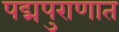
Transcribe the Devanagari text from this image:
पद्मपुराणात